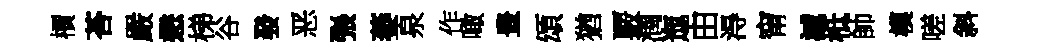
檟荅嚴懋梯谷發恶張萎泉作噉豊頌猶覈潤迤由淂甯滅柢帥模嗟斜